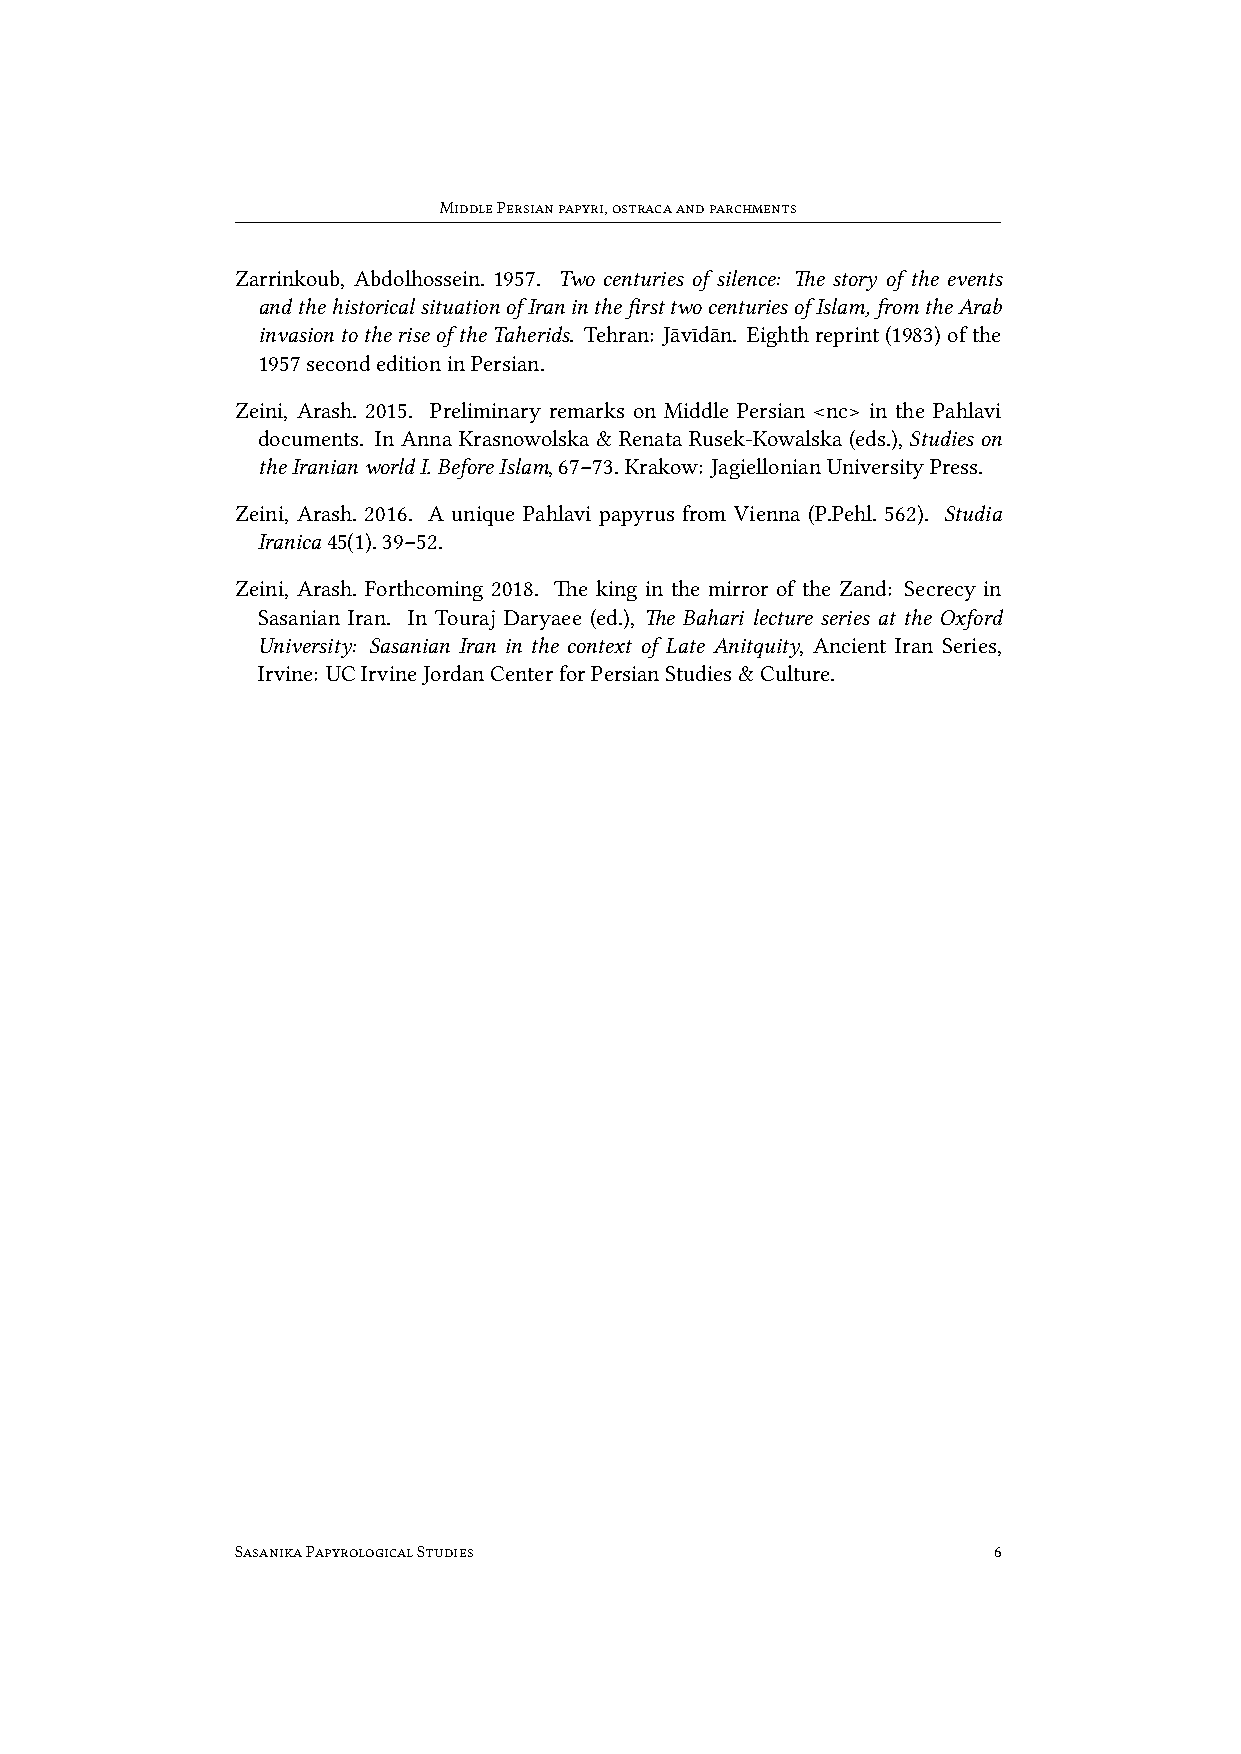
MiddlePersianpapyri,ostracaandparchments
 Zarrinkoub, Abdolhossein. 1957. Two centuries of silence: The story of the events
 andthehistoricalsituationofIraninthefirsttwocenturiesofIslam,fromtheArab
 invasiontotheriseoftheTaherids. Tehran: Jāvīdān. Eighthreprint(1983)ofthe
 1957secondeditioninPersian.
 Zeini, Arash. 2015. Preliminary remarks on Middle Persian <nc> in the Pahlavi
 documents. In Anna Krasnowolska & Renata Rusek-Kowalska (eds.), Studies on
 theIranianworldI.BeforeIslam,67–73.Krakow: JagiellonianUniversityPress.
 Zeini, Arash. 2016. A unique Pahlavi papyrus from Vienna (P.Pehl. 562). Studia
 Iranica45(1).39–52.
 Zeini, Arash. Forthcoming 2018. The king in the mirror of the Zand: Secrecy in
 Sasanian Iran. In Touraj Daryaee (ed.), The Bahari lecture series at the Oxford
 University: Sasanian Iran in the context of Late Anitquity, Ancient Iran Series,
 Irvine: UCIrvineJordanCenterforPersianStudies&Culture.
 SasanikaPapyrologicalStudies                      6